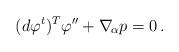
LaTeX: \begin{align*}(d\varphi^t)^T\varphi''+\nabla_{\!\alpha} p=0\,.\end{align*}